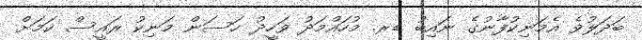
ބަދަލުވެ އެމަނިކުފާނުގެ ނައިބު ޑރ. މުހައްމަދު ވަހީދު ހަސަން މަނިކު ރައީސް ކަމަށް